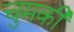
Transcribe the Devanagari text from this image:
चुमकी